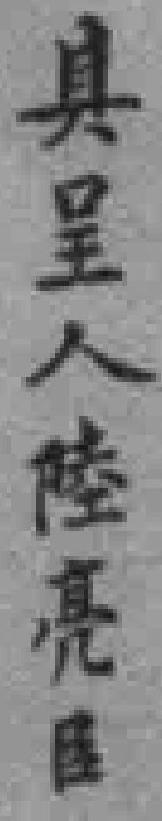
具呈人陸亮臣